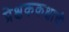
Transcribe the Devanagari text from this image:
प्रेक्षककक्षाची